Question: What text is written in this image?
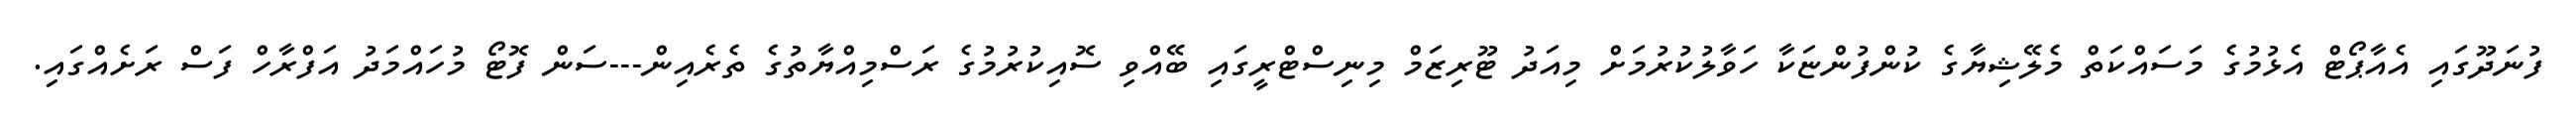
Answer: ފުނަދޫގައި އެއާޕޯޓް އެޅުމުގެ މަސައްކަތް މެލޭޝިޔާގެ ކުންފުންޏަކާ ހަވާލުކުރުމަށް މިއަދު ޓޫރިޒަމް މިނިސްޓްރީގައި ބޭއްވި ސޮއިކުރުމުގެ ރަސްމިއްޔާތުގެ ތެރެއިން---ސަން ފޮޓޯ މުހައްމަދު އަފްރާހް ފަސް ރަށެއްގައި.